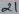
Text: 21